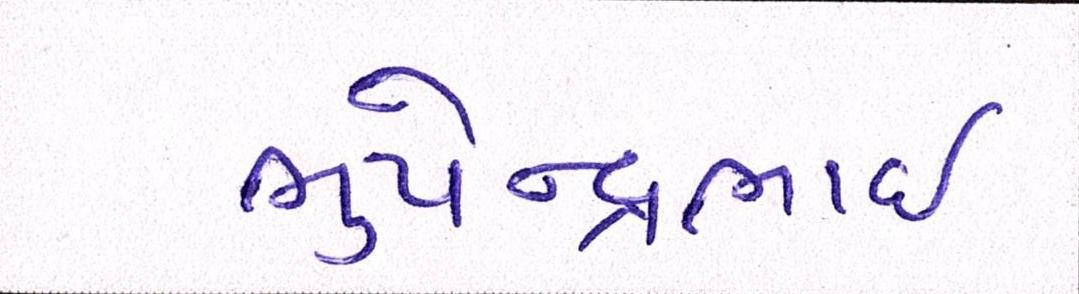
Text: ભુપેન્દ્રભાઇ